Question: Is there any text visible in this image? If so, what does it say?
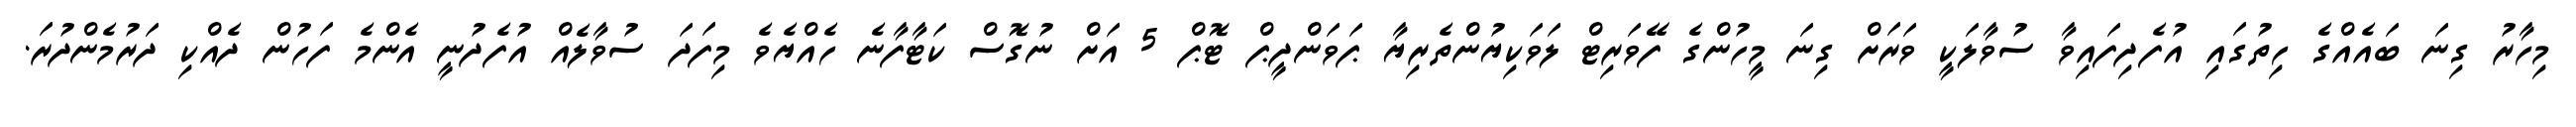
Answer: މިހާރު ގިނަ ބައެއްގެ ހިތުގައި އުފެދިފައިވާ ސުވާލަކީ ވަރަށް ގިނަ މީހުންގެ ފޭވަރިޓް ލަވަކިޔުންތެރިޔާ ޕަވަންދީޕް ޓޮޕް 5 އަށް ނުގޮސް ކަޓާފާނެ ހެއްޔެވެ މިފަދަ ސުވާލެއް އުފެދުނީ އެންމެ ފަހުން ދެއްކި ދަރުމެންދުރަ.